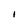
Character: I